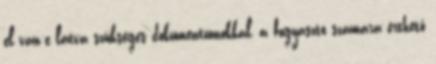
el van-e látva szükséges dokumentumokkal, a fogyasztó számára érthető